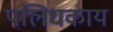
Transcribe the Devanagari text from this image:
पलिधकाय